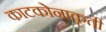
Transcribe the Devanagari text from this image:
काटकोनाकृती